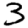
Digit: 3